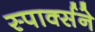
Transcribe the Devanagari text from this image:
स्पार्क्‍सने